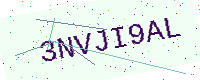
Text: 3NVJI9AL